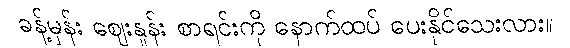
ခန့်မှန်း ဈေးနှုန်း စာရင်းကို နောက်ထပ် ပေးနိုင်သေးလား။